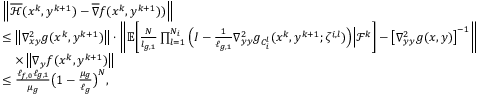
\begin{array} { r l } & { \left\| \overline { { \mathcal { H } } } ( x ^ { k } , y ^ { k + 1 } ) - \overline { { \nabla } } f ( x ^ { k } , y ^ { k + 1 } ) ) \right\| } \\ & { \leq \left\| \nabla _ { x y } ^ { 2 } g ( x ^ { k } , y ^ { k + 1 } ) \right\| \cdot \left\| \mathbb { E } \bigg [ \frac { N } { l _ { g , 1 } } \prod _ { l = 1 } ^ { N _ { i } } \Big ( I - \frac { 1 } { \ell _ { g , 1 } } \nabla _ { y y } ^ { 2 } g _ { C _ { i } ^ { l } } ( x ^ { k } , y ^ { k + 1 } ; \zeta ^ { i , l } ) \Big ) \Big | \mathcal { F } ^ { k } \bigg ] - \left[ \nabla _ { y y } ^ { 2 } g ( x , y ) \right] ^ { - 1 } \right\| } \\ & { \quad \times \left\| \nabla _ { y } f ( x ^ { k } , y ^ { k + 1 } ) \right\| } \\ & { \leq \frac { \ell _ { f , 0 } \ell _ { g , 1 } } { \mu _ { g } } \big ( 1 - \frac { \mu _ { g } } { \ell _ { g } } \big ) ^ { N } , } \end{array}